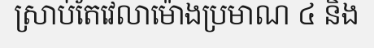
ស្រាប់តែវេលាម៉ោងប្រមាណ ៤ និង